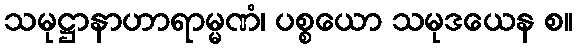
သမုဋ္ဌာနာဟာရာမ္မဏံ၊ ပစ္စယော သမုဒယေန စ။